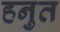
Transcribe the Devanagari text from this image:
हनुत